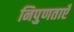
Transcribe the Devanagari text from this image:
निपुणताएँ